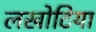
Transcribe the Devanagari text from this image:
लखोटिया